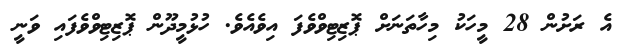
އެ ރަށުން 28 މީހަކު މިހާތަނަށް ޕޮޒިޓިވްވެފަ އިވެއެވެ. ހުޅުމީދޫން ޕޮޒިޓިވްވެފައި ވަނީ